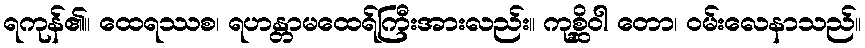
ရကုန်၏။ ထေရဿစ၊ ရဟန္တာမထေရ်ကြီးအားလည်း။ ကုစ္ဆိဝါ တော၊ ဝမ်းလေနာသည်။